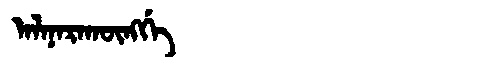
Manchu: ᠠᠯᠠᠨᠠᡵᠠᡴᡡᠩᡤᡝ
Romanization: ALANARAKŪNGGE